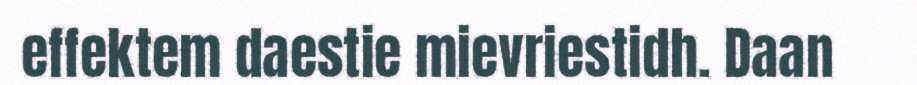
effektem daestie mievriestidh. Daan